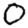
Digit: 0